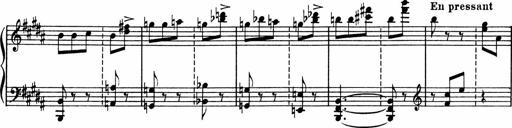
Title: Sonatine pour piano
Composer: Albert Roussel